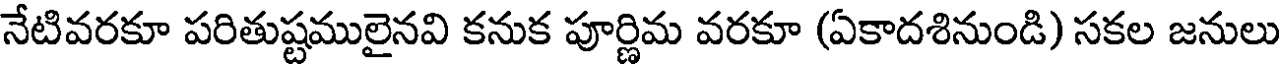
నేటివరకూ పరితుష్టములైనవి కనుక పూర్ణిమ వరకూ (ఏకాదశినుండి) సకల జనులు